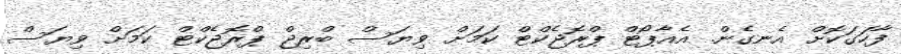
ފާހަގަކޮށް އެނގެން. އެއާޕޯޓް ޕްރޮޖެކްޓް ކަމަށް ވިޔަސް ބްރިޖް ޕްރޮޖެކްޓް ކަމަށް ވިޔަސް